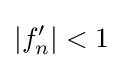
|f_{n}^{\prime }|<1